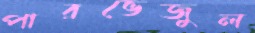
পারভেজুল